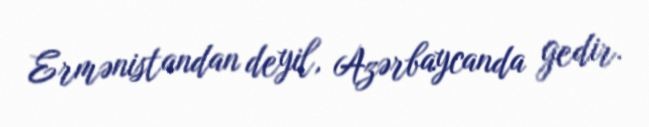
Ermənistandan deyil, Azərbaycanda gedir.